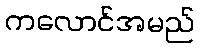
ကလောင်အမည်